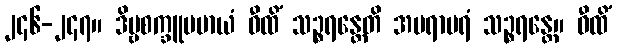
၂၄၆-၂၄၇။ ဒိဗ္ဗစက္ခူပမာယံ ဝီထိံ သဉ္စရန္တေတိ အပရာပရံ သဉ္စရန္တေ။ ဝီထိံ